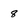
Character: 8